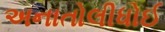
અનાતોલીધોઈ